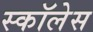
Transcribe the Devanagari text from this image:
स्कॉलेस